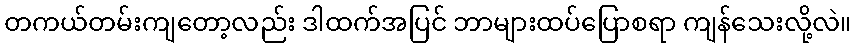
တကယ်တမ်းကျတော့လည်း ဒါထက်အပြင် ဘာများထပ်ပြောစရာ ကျန်သေးလို့လဲ။